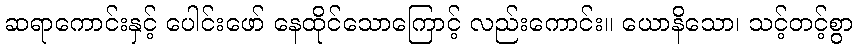
ဆရာကောင်းနှင့် ပေါင်းဖော် နေထိုင်သောကြောင့် လည်းကောင်း။ ယောနိသော၊ သင့်တင့်စွာ